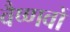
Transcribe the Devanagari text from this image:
वैष्‍णवों